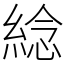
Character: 𦁤